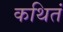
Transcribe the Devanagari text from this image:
कथितं